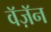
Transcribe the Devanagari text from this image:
वॅज़ॅन